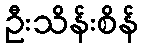
ဦးသိန်းစိန်